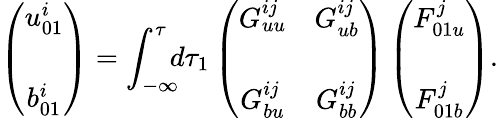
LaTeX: \left({\begin{array}{c}{u_{01}^{i}}\\ {b_{01}^{i}\rule{0ex}{5ex}}\end{array}}\right)=\int_{-\infty}^{\tau}\! \! \! d\tau_{1}\left({\begin{array}{cc}{G_{uu}^{ij}}&{G_{ub}^{ij}}\\ {G_{bu}^{ij}}&{G_{bb}^{ij}\rule{0ex}{5ex}}\end{array}}\right)\left({\begin{array}{c}{F_{01u}^{j}}\\ {F_{01b}^{j}\rule{0ex}{5ex}}\end{array}}\right).